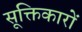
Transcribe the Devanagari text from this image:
सूक्तिकारों